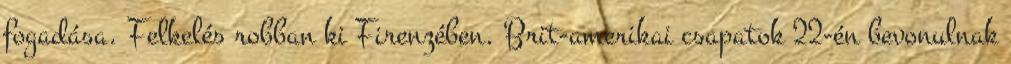
fogadása. Felkelés robban ki Firenzében. Brit-amerikai csapatok 22-én bevonulnak